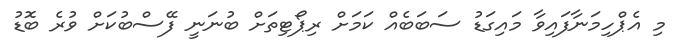
މި އެޕްހިމަނާފައިވާ މައިގަޑު ސަބަބެއް ކަމަށް ރިޕޯޓިތަށް ބުނަނީ ފޭސްބުކަށް ވުރެ ބޮޑު